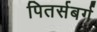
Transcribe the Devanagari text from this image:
पितर्सबर्ग